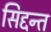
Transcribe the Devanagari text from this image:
सिद्दन्त